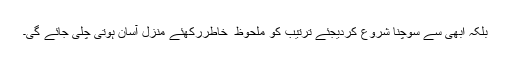
بلکہ ابھی سے سوچنا شروع کردیجئے ترتیب کو ملحوظ ِ خاطررکھئے منزل آسان ہوتی چلی جائے گی۔